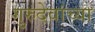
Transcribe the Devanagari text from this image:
गुरुदेवांच्या